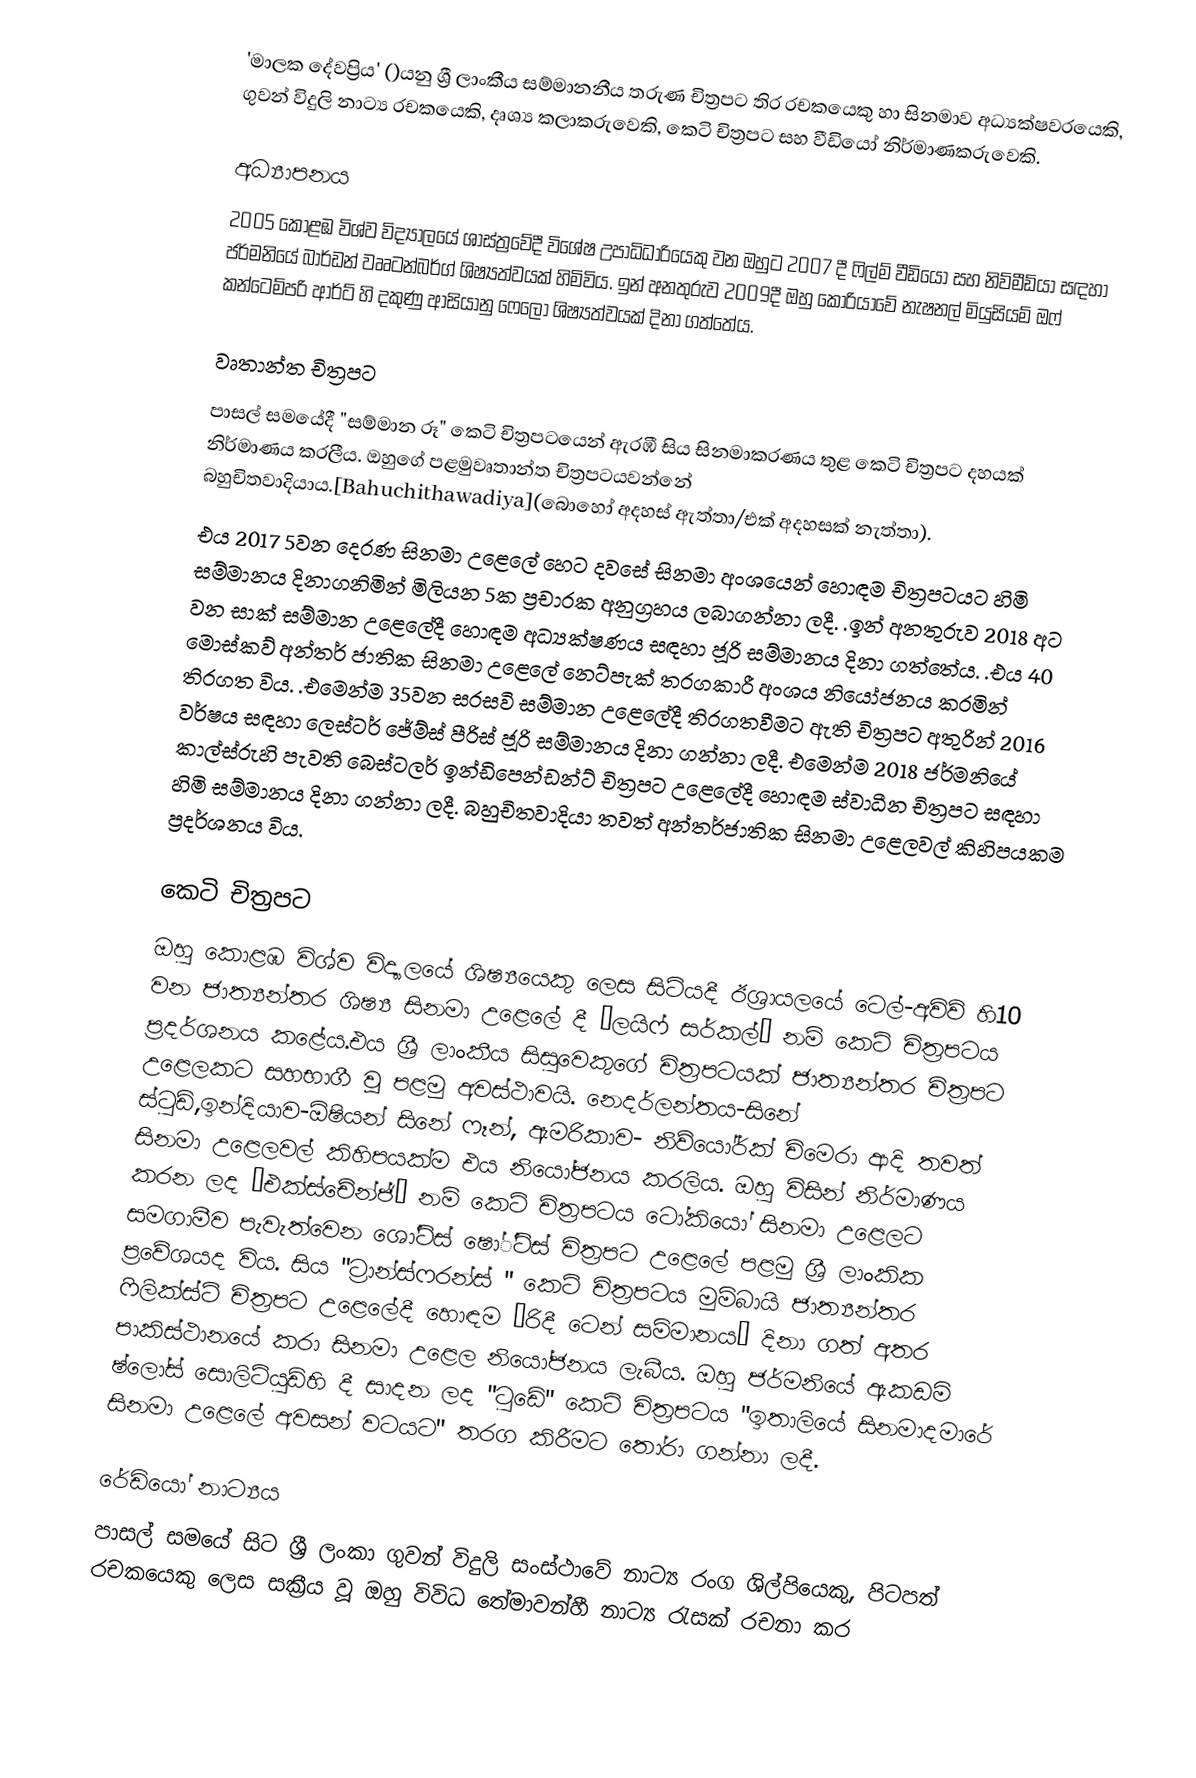
'මාලක දේවප්‍රිය' ()යනු ශ්‍රී ලාංකීය සම්මානනීය තරුණ චිත්‍රපට තිර රචකයෙකු හා සිනමාව අධ්‍යක්ෂවරයෙකි, ගුවන් විදුලි නාට්‍ය රචකයෙකි, දෘශ්‍ය කලාකරුවෙකි, කෙටි චිත්‍රපට සහ වීඩියෝ නිර්මාණකරුවෙකි.

අධ්‍යාපනය
2005 කොළඹ විශ්ව  විද්‍යාලයේ ශාස්ත්‍රවේදී  විශේෂ උපාධිධාරියෙකු වන ඔහුට 2007 දී   ෆිල්ම් වීඩියෝ සහ නිව්මීඩ්යා සඳහා ජර්මනියේ  බාර්ඩන් වෲටන්බර්ග්  ශිෂ්‍යත්වයක්  හිමිවිය. ඉන් අනතුරුව 2009දී  ඔහු කොරියාවේ නැෂනල් මියුසියම්  ඔෆ් කන්ටෙම්පරි ආර්ට් හි දකුණු ආසියානු ෆෙලෝ ශිෂ්‍යත්වයක්  දිනා ගත්තේය.

වෘතාන්ත චිත්‍රපට
පාසල් සමයේදී "සම්මාන රූ" කෙටි චිත්‍රපටයෙන් ඇරඹී සිය සිනමාකරණය තුළ කෙටි චිත්‍රපට දහයක් නිර්මාණය කරලීය. ඔහුගේ පළමුවෘතාන්ත චිත්‍රපටයවන්නේ බහුචිතවාදියාය.[Bahuchithawadiya](බොහෝ අදහස් ඇත්තා/එක් අදහසක් නැත්තා).
එය 2017 5වන දෙරණ සිනමා උළෙලේ හෙට දවසේ සිනමා අංශයෙන් හොඳම චිත්‍රපටයට හිමි සම්මානය දිනාගනිමින් මිලියන 5ක ‍ප්‍රචාරක අනුග්‍රහය ලබාගන්නා ලදී. .ඉන් අනතුරුව 2018 අට වන සාක් සම්මාන උළෙලේදී හොඳම අධ්‍යක්ෂණය සඳහා ජූරි සම්මානය දිනා ගත්තේය. .එය 40 මොස්කව් අන්තර් ජාතික සිනමා උළෙලේ නෙට්පැක් තරගකාරී අංශය නියෝජනය කරමින් තිරගත විය. .එමෙන්ම 35වන සරසවි සම්මාන උළෙලේදී තිරගතවීමට ඇති චිත්‍රපට අතුරින් 2016 වර්ෂය සඳහා ලෙස්ටර් ජේම්ස් පීරිස් ජූරි සම්මානය දිනා ගන්නා ලදී. එමෙන්ම 2018 ජර්මනියේ කාල්ස්රුහි පැවති බෙස්ටලර්  ඉන්ඩිපෙන්ඩන්ට්   චිත්‍රපට උළෙලේදී හොඳම ස්වාධීන චිත්‍රපට සඳහා  හිමි සම්මානය දිනා ගන්නා ලදී. බහුචිතවාදියා තවත් අන්තර්ජාතික සිනමා උළෙලවල් කිහිපයකම ප්‍රදර්ශනය විය.

කෙටි චිත්‍රපට
ඔහු කොළඹ විශ්ව විද්‍යාලයේ ශිෂ්‍යයෙකු ලෙස සිටියදී  ඊශ්‍රායලයේ ටෙල්-අවිව් හි10 වන ජාත්‍යන්තර ශිෂ්‍ය සිනමා උළෙලේ දී “ලයිෆ් සර්කල්”    නම් කෙටි චිත්‍රපටය ප්‍රදර්ශනය කළේය.එය ශ්‍රී ලාංකීය සිසුවෙකුගේ චිත්‍රපටයක් ජාත්‍යන්තර චිත්‍රපට උළෙලකට සහභාගී වූ පළමු අවස්ථාවයි.  නෙදර්ලන්තය-සිනේ ස්ටුඩ්,ඉන්දියාව-ඕෂියන් සිනේ ෆෑන්,  ඇමරිකාව-  නිව්යෝර්ක් චිමෙරා ආදි තවත් සිනමා උළෙලවල් කිහිපයක්ම එය නියෝජනය කරලිය. ඔහු විසින් නිර්මාණය කරන ලද “එක්ස්චේන්ජ්” නම් කෙටි චිත්‍රපටය   ටෝකියෝ  සිනමා උළෙලට සමගාමීව පැවැත්වෙන ශෝට්ස්  ෂෝ්ට්ස් චිත්‍රපට උළෙලේ පළමු ශ්‍රී ලාංකික ප්‍රවේශයද විය. සිය "ට්‍රාන්ස්ෆරන්ස් " කෙටි චිත්‍රපටය මුම්බායි ජාත්‍යන්තර  ෆිලික්ස්ට් චිත්‍රපට උළෙලේදී හොඳම “රිදී ටෙන් සම්මානය” දිනා ගත් අතර පාකිස්ථානයේ කරා සිනමා උළෙල නියෝජනය  ලැබීය. ඔහු ජර්මනියේ ඇකඩමි ෂ්ලෝස් සොලිටියුඩ්හි දී සාදන ලද "ටුඩේ" කෙටි චිත්‍රපටය "ඉතාලියේ සිනමාදමාරේ සිනමා උළෙලේ අවසන් වටයට" තරග කිරීමට තෝරා ගන්නා ලදී.

රේඩියෝ නාට්‍යය
පාසල් සමයේ සිට ශ්‍රී ලංකා ගුවන් විදුලි සංස්ථාවේ නාට්‍ය රංග ශිල්පියෙකු, පිටපත් රචකයෙකු ලෙස සක්‍රීය වූ ඔහු විවිධ තේමාවන්හී නාට්‍ය රැසක් රචනා කර